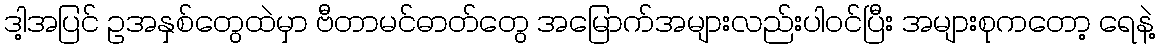
ဒါ့အပြင် ဥအနှစ်တွေထဲမှာ ဗီတာမင်ဓာတ်တွေ အမြောက်အများလည်းပါဝင်ပြီး အများစုကတော့ ရေနဲ့